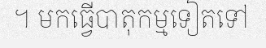
។ មកធ្វើបាតុកម្មទៀតទៅ